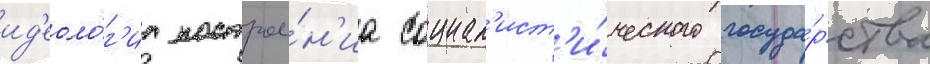
ид'еоло́г'иа построе́н'иа социал'ист'и́ческого госуда́рства